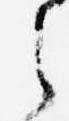
之